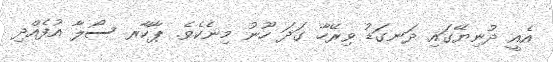
އެއީ ދުނިޔޭގައި ދަނގަޑު ވިރޭހާ ގަދަ ހޫނު މިނެކެވެ. ޕާކާރ ސޯލާ އުފެއްދި